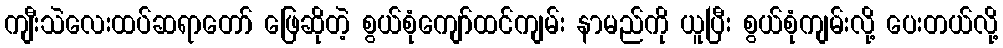
ကျီးသဲလေးထပ်ဆရာတော် ဖြေဆိုတဲ့ စွယ်စုံကျော်ထင်ကျမ်း နာမည်ကို ယူပြီး စွယ်စုံကျမ်းလို့ ပေးတယ်လို့